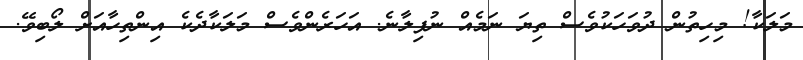
މަލަކާ! މިހިތުން ދުވަހަކުވެސް ތިޔަ ނަމެއް ނުފިލާނެ. އަހަރެންވެސް މަލަކާދެކެ އިންތިހާއަށް ލޯބިވޭ.